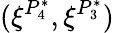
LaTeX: (\xi^{P_{4}^{*}},\xi^{P_{3}^{*}})